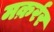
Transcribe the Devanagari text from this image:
मक़र्रर